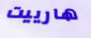
هارييت